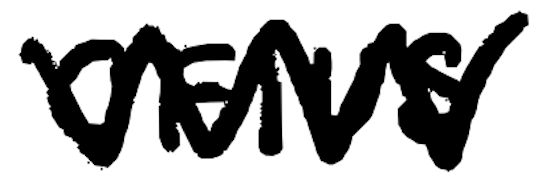
Text: CFIUS
Cross-out: zig-zag
Writing tool: digital_black